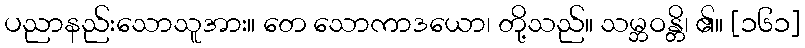
ပညာနည်းသောသူအား။ တေ သောကာဒယော၊ တို့သည်။ သမ္ဘဝန္တိ၊ ၏။ [၁၆၁]